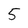
Character: 5